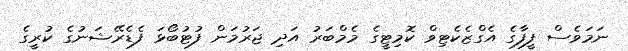
ނަމަވެސް ފީފާގެ އެގްޒެކެޓިވް ކޮމިޓީގެ މެމްބަރު އަދި ޖަރުމަން ފުޓުބޯޅަ ފެޑެރޭޝަނުގެ ކުރީގެ